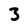
Character: 3